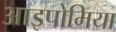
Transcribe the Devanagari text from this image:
आइपोमिया